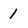
Character: 1